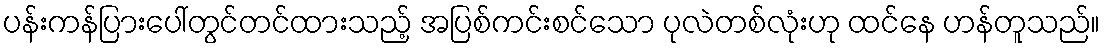
ပန်းကန်ပြားပေါ်တွင်တင်ထားသည့် အပြစ်ကင်းစင်သော ပုလဲတစ်လုံးဟု ထင်နေ ဟန်တူသည်။